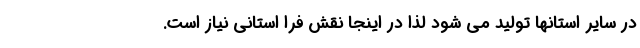
در سایر استانها تولید می شود لذا در اینجا نقش فرا استانی نیاز است.